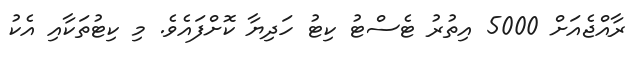
ރާއްޖެއަށް 5000 އިތުރު ޓެސްޓު ކިޓު ހަދިޔާ ކޮށްފައެވެ. މި ކިޓުތަކާއި އެކު